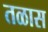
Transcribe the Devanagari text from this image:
तळास